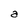
Character: a